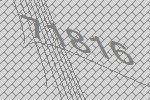
71816